Civil Veterinary Dept. Bombay admin report 1914-1922 - 1914-1922
Year: 1914
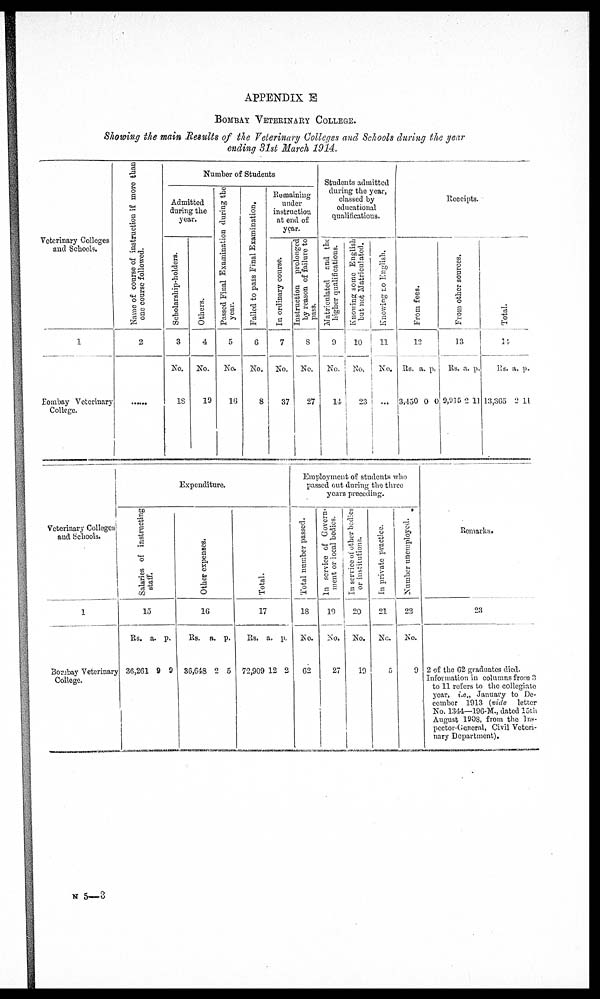
APPENDIX E
BOMBAY VETERINARY COLLEGE.
Showing the main Results of the Veterinary Colleges and Schools during the year
ending 31st March 1914.
Veterinary Colleges
and Schools.
1
Bombay Veterinary
College.
Name of course of instruction if more than
one course followed.
2
.......
Number of Students
Admitted
during the
year.
Scholarship-holders.
3
No.
18
Others.
4
No.
19
Passed Final Examination during the
year.
5
No.
16
Failed to pass Final Examination.
6
No.
8
Remaining
under
instruction
at end of
year.
In ordinary course.
7
No.
37
Instruction prolonged
by reason of failure to
pass.
8
No.
27
Students admitted
during the year,
classed by
educational
qualifications.
Matriculated and the
higher qualifications.
9
No.
14
Knowing some English
but not Matriculated.
10
No.
23
Knowing no English.
11
No.
...
Receipts.
Fr om fees.
12
Rs.
3,450
a. p
0
.
0
From other sources.
13
Rs.
9,03 5
a.
2
p.
11
Total.
14
Rs.
13,365
a.
2
p.
11
Veterinary Colleges
and Schools.
1
Bombay Veterinary
College.
Expenditure
Salaries of instructing
staff.
15
Rs.
36,261
a.
9
p.
9
Ot her expenses.
16
Rs.
36,648
a.
2
p.
5
Total.
17
Rs.
72,909
a.
12
p.
2
Employment of students who
passed out during the three
years preceding.
Total number passed.
18
No.
62
In service of Govern-
ment or local bodies.
19
No.
27
In service of other bedies
or institutions.
20
No.
19
In private practice.
21
No.
5
Number unemployed.
22
No.
9
Remarks.
23
2 of the 62 graduates died.
Information in columns from 3
to 11 refers to the collegiate
year, i.e., January to De-
cember 1913 (vide letter
No. 1344—196-M., dated 15th
August 190S, from the Ins-
pector-General, Civil Veteri-
nary Department).
N 5—3